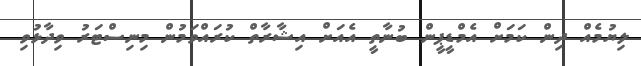
ލިޔުމެއް ދިން ކަމަށް އެމްޑީޕީން ބުނާތީ އެއަށް އިޝާރާތް ކުރައްވަމުން މިނިސްޓަރު ވިދާޅުވި